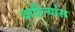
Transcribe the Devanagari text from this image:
वाहिन्यांस